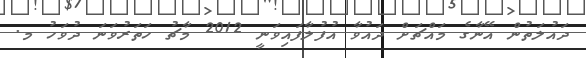
ދައުލަތުން އޭނާގެ މައްޗަށް ދައުވާ އުފުލާފައިވަނީ 2012 މާޗު ހަތަރުވަނަ ދުވަހު މ.